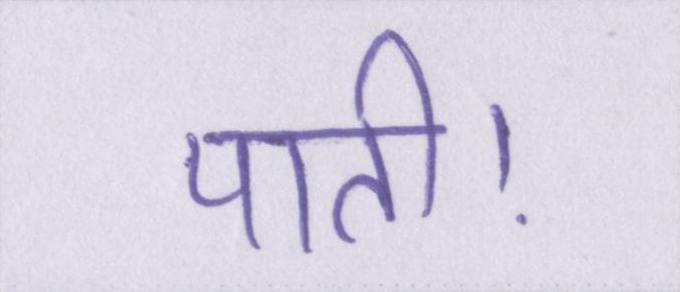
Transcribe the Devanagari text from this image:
पाती।